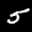
Label: 5